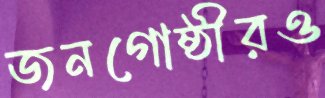
জনগোষ্ঠীরও